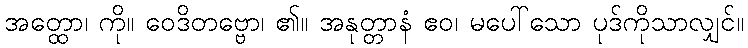
အတ္ထော၊ ကို။ ဝေဒိတဗ္ဗော၊ ၏။ အနုတ္တာနံ ဧဝ၊ မပေါ်သော ပုဒ်ကိုသာလျှင်။